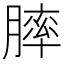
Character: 膟